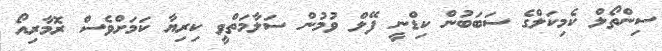
ސިންތޯލް ކެމިކަލްގެ ސަބަބުން ކިޑްނީ ފޭލް ވުމުން ސަލާމަތްވީ ކިރިޔާ ކަމަށްވެސް ރޮމާރިއޯ